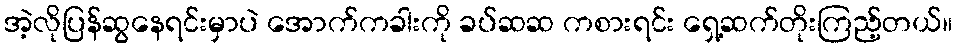
အဲ့လိုပြန်ဆွနေရင်းမှာပဲ အောက်ကခါးကို ခပ်ဆဆ ကစားရင်း ရှေ့ဆက်တိုးကြည့်တယ်။